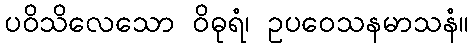
ပဝိသိလေသော ဝိဓုရံ၊ ဥပဝေသနမာသနံ။